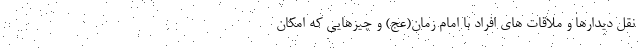
نقل دیدارها و ملاقات های افراد با امام زمان(عج) و چیزهایی که امکان